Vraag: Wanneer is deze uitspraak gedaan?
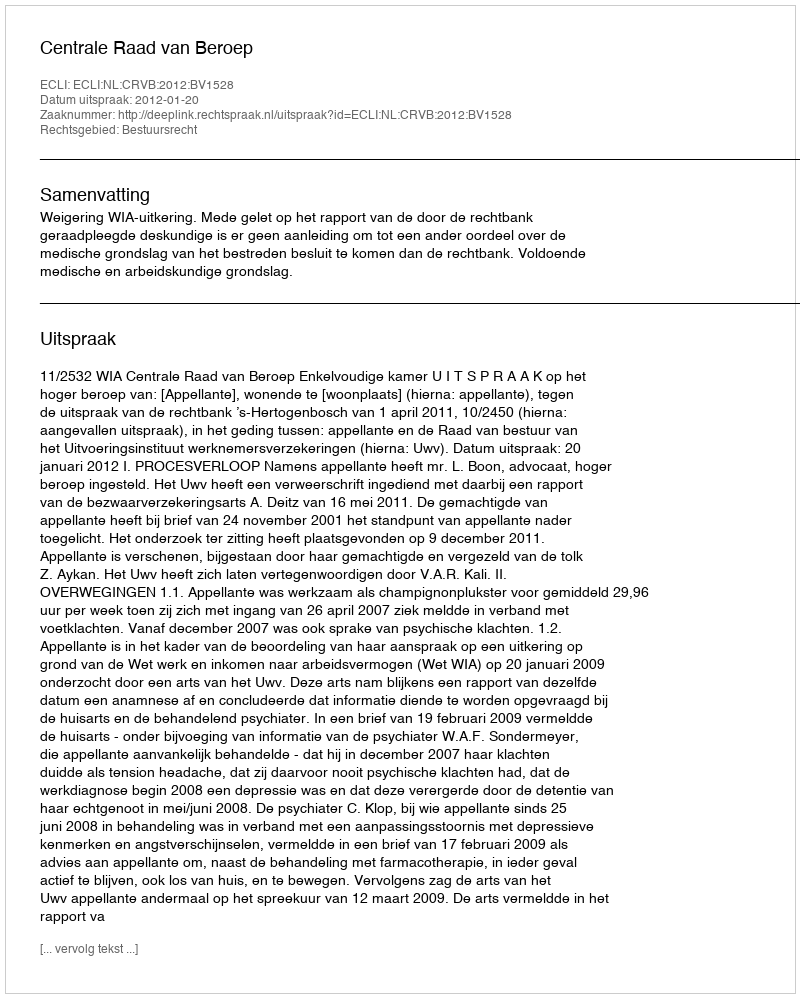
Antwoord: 2012-01-20